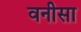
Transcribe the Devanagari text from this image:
वनीसा